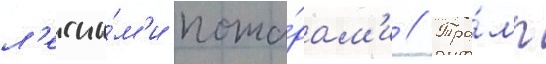
л'есны́м'и пожа́рам'и // Тра́мп